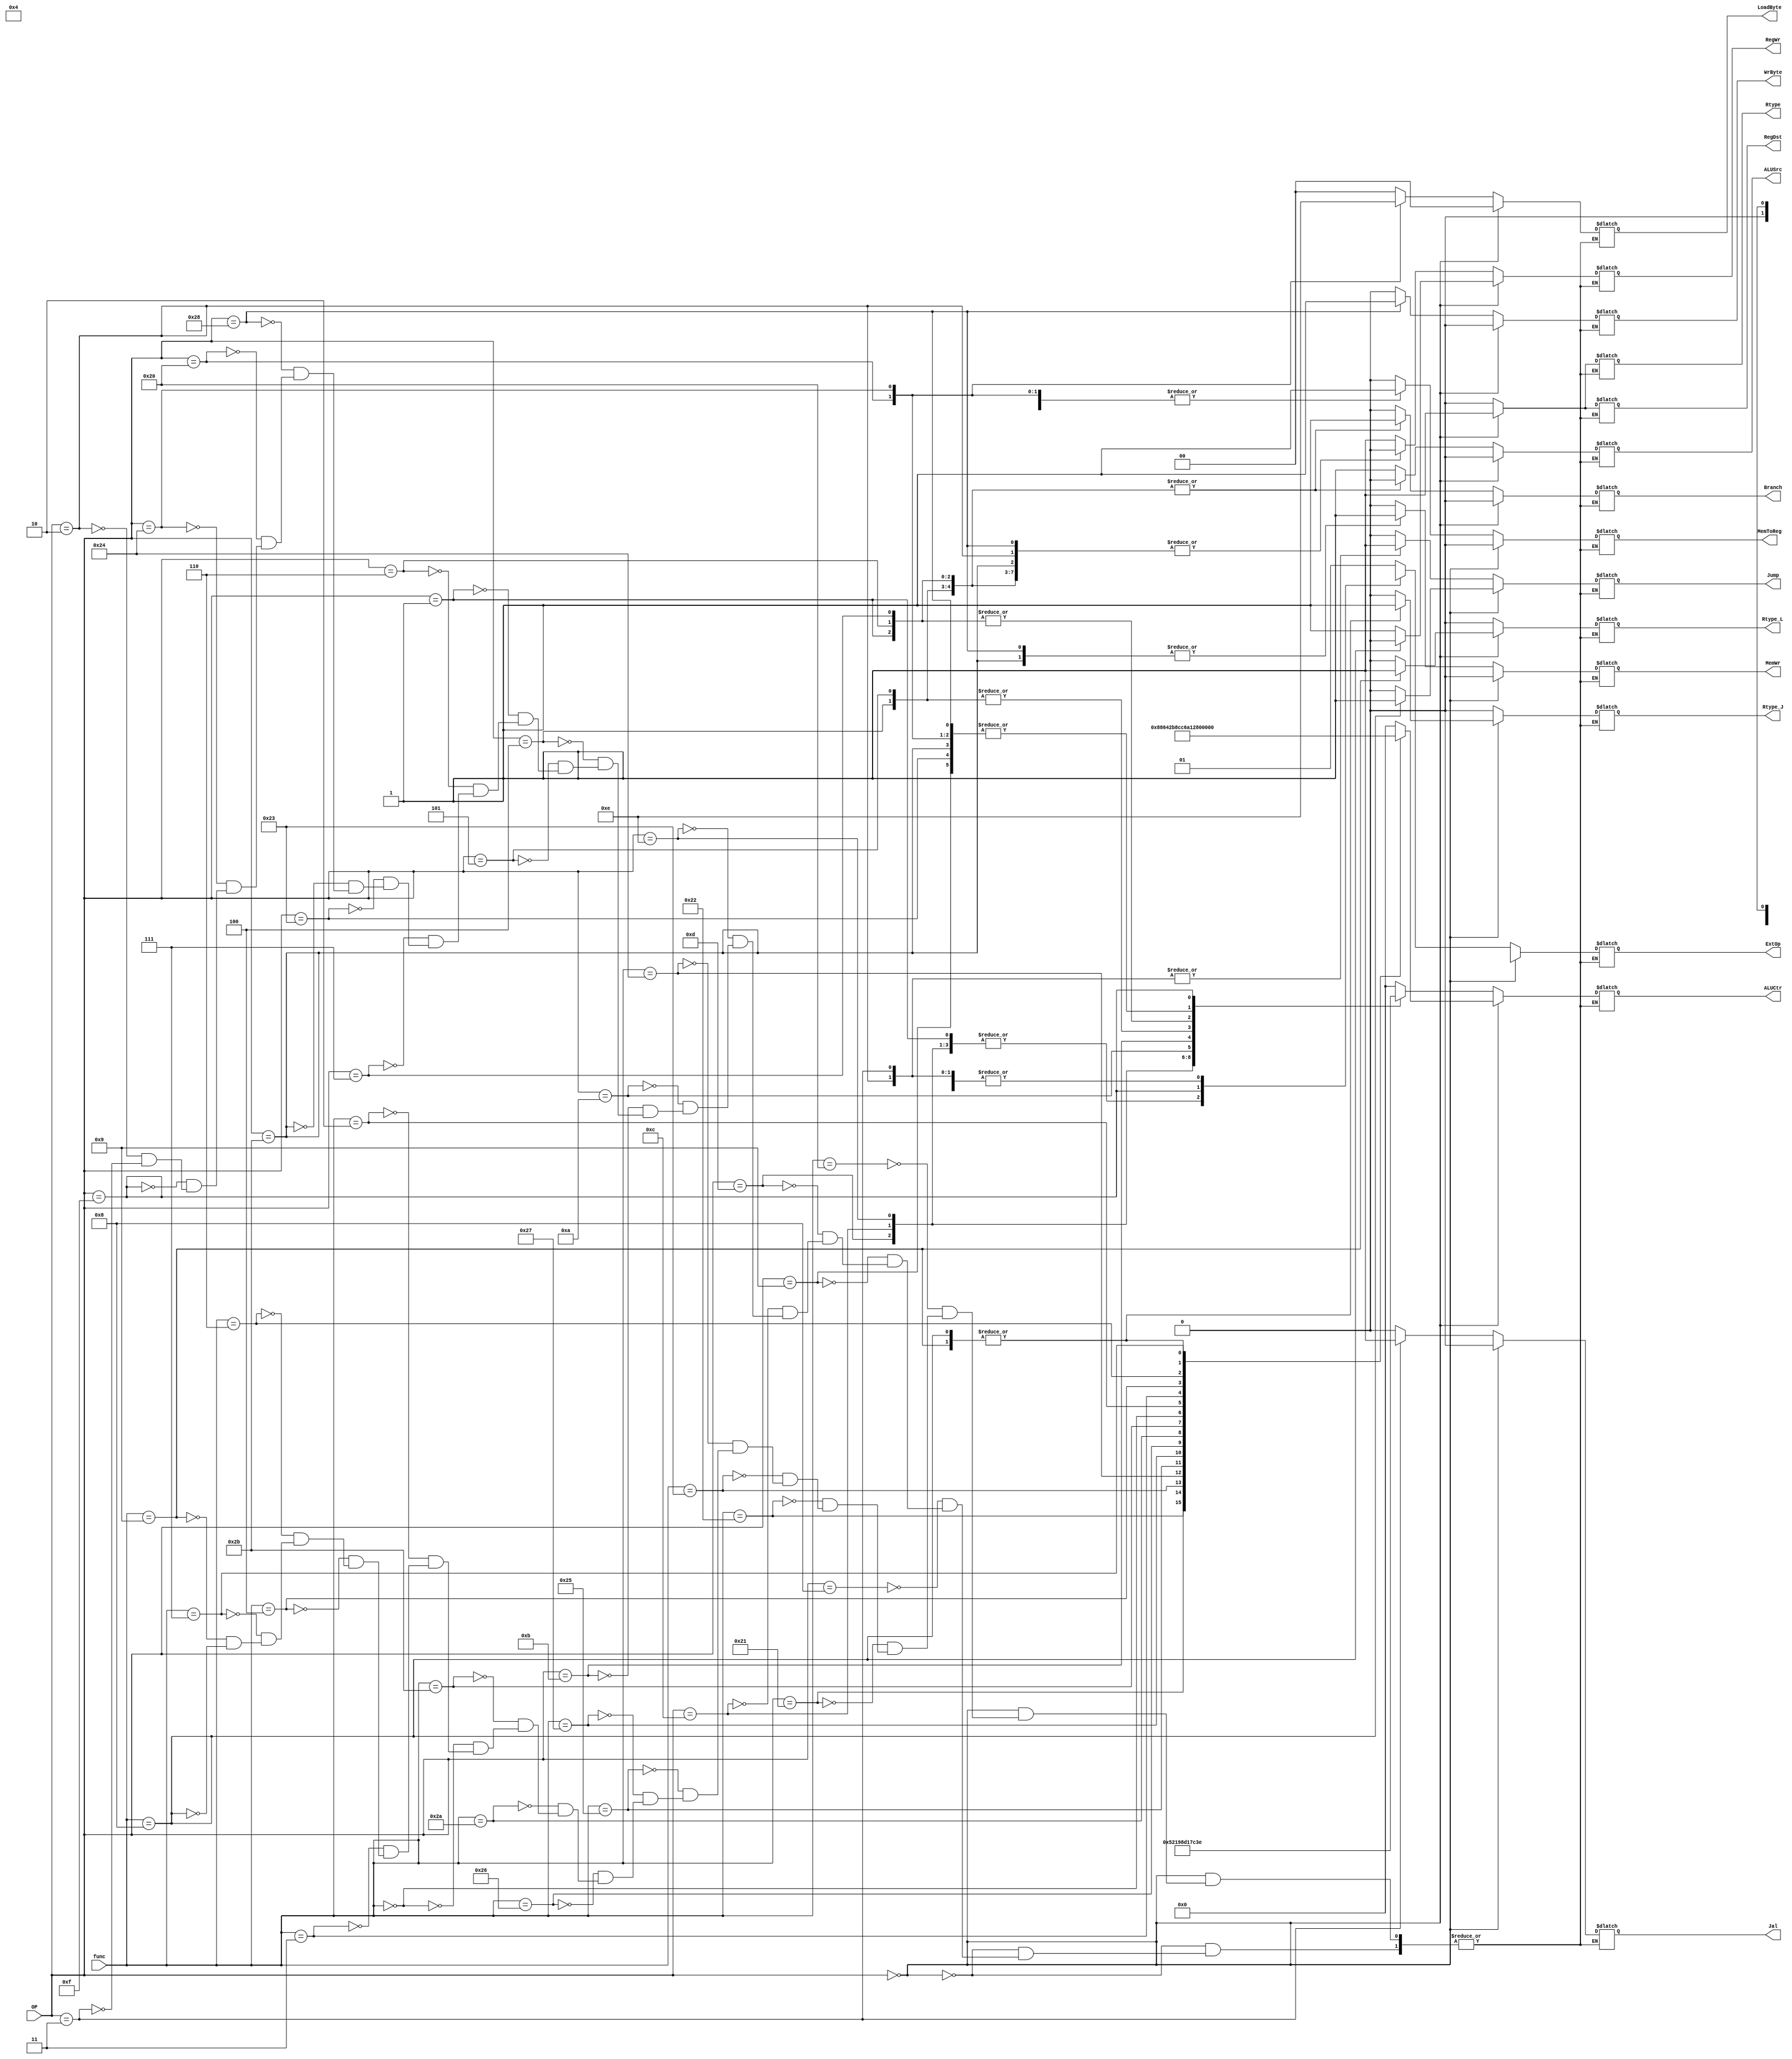
module Control_Unit206(
    input[6-1:0]    OP,
    input[6-1:0]    func,
    output          Branch,
    output          Jump,
    output          RegDst,
    output          ALUSrc,
    output[5-1:0]   ALUCtr,
    output          MemToReg,
    output          RegWr,
    output          MemWr,
    output[2-1:0]   ExtOp,
    output          Rtype,
    output          Jal,
    output          Rtype_J,
    output          Rtype_L,
    output          WrByte,
    output[2-1:0]   LoadByte
    );

    //控制信号
    reg Branch;
    reg Jump;
    reg RegDst;
    reg ALUSrc;
    reg[5-1:0] ALUCtr;
    reg MemToReg;
    reg RegWr;
    reg MemWr;
    reg ExtOp;
    reg Rtype;
    reg Jal;
    reg Rtype_J;
    reg Rtype_L;
    reg WrByte;
    reg[2-1:0] LoadByte;

    always @(*) begin
//  R型指令
        if (OP == 6'b000000) begin 
            case (func)
                6'b100000://add
                begin
                    Branch   = 0;
                    Jump     = 0;
                    RegDst   = 1;
                    ALUSrc   = 0;
                    ALUCtr   = 5'b00000;
                    MemToReg = 0;
                    RegWr    = 1;
                    MemWr    = 0;
                    ExtOp    = 1'bX;
                    Rtype    = 1;
                    Jal      = 0;
                    Rtype_J  = 0;
                    Rtype_L  = 0;
                    WrByte   = 0;
                    LoadByte = 2'b00;

                end
                6'b100001://addu
                begin
                    Branch   = 0;
                    Jump     = 0;
                    RegDst   = 1;
                    ALUSrc   = 0;
                    ALUCtr   = 5'b00001;
                    MemToReg = 0;
                    RegWr    = 1;
                    MemWr    = 0;
                    ExtOp    = 1'bX;
                    Rtype    = 1;
                    Jal      = 0;
                    Rtype_J  = 0;
                    Rtype_L  = 0;         
                    WrByte   = 0;
                    LoadByte = 2'b00;                              
                end
                6'b100010://sub
                begin
                    Branch   = 0;
                    Jump     = 0;
                    RegDst   = 1;
                    ALUSrc   = 0;
                    ALUCtr   = 5'b00010;
                    MemToReg = 0;
                    RegWr    = 1;
                    MemWr    = 0;
                    ExtOp    = 1'bX;
                    Rtype    = 1;
                    Jal      = 0;
                    Rtype_J  = 0;
                    Rtype_L  = 0;
                    WrByte   = 0;
                    LoadByte = 2'b00;                    
                end
                6'b100011://subu
                begin
                    Branch   = 0;
                    Jump     = 0;
                    RegDst   = 1;
                    ALUSrc   = 0;
                    ALUCtr   = 5'b00011;
                    MemToReg = 0;
                    RegWr    = 1;
                    MemWr    = 0;
                    ExtOp    = 1'bX;
                    Rtype    = 1; 
                    Jal      = 0;
                    Rtype_J  = 0;
                    Rtype_L  = 0;    
                    WrByte   = 0;
                    LoadByte = 2'b00;            
                end
                6'b100100://and
                begin
                    Branch   = 0;
                    Jump     = 0;
                    RegDst   = 1;
                    ALUSrc   = 0;
                    ALUCtr   = 5'b00100;
                    MemToReg = 0;
                    RegWr    = 1;
                    MemWr    = 0;
                    ExtOp    = 1'bX;
                    Rtype    = 1; 
                    Jal      = 0;
                    Rtype_J  = 0;
                    Rtype_L  = 0;
                    WrByte   = 0;
                    LoadByte = 2'b00; 
                end
                6'b100101://or
                begin
                    Branch   = 0;
                    Jump     = 0;
                    RegDst   = 1;
                    ALUSrc   = 0;
                    ALUCtr   = 5'b00101;
                    MemToReg = 0;
                    RegWr    = 1;
                    MemWr    = 0;
                    ExtOp    = 1'bX;
                    Rtype    = 1; 
                    Jal      = 0;
                    Rtype_J  = 0;
                    Rtype_L  = 0;      
                    WrByte   = 0;
                    LoadByte = 2'b00;              
                end
                6'b100111://nor
                begin
                    Branch   = 0;
                    Jump     = 0;
                    RegDst   = 1;
                    ALUSrc   = 0;
                    ALUCtr   = 5'b01110;
                    MemToReg = 0;
                    RegWr    = 1;
                    MemWr    = 0;
                    ExtOp    = 1'bX;
                    Rtype    = 1; 
                    Jal      = 0;
                    Rtype_J  = 0;
                    Rtype_L  = 0;         
                    WrByte   = 0;
                    LoadByte = 2'b00;                 
                end
                6'b100110://xor
                begin
                    Branch   = 0;
                    Jump     = 0;
                    RegDst   = 1;
                    ALUSrc   = 0;
                    ALUCtr   = 5'b00110;
                    MemToReg = 0;
                    RegWr    = 1;
                    MemWr    = 0;
                    ExtOp    = 1'bX;
                    Rtype    = 1; 
                    Jal      = 0;
                    Rtype_J  = 0;
                    Rtype_L  = 0;
                    WrByte   = 0;
                    LoadByte = 2'b00;
                end
                6'b101010://slt
                begin
                    Branch   = 0;
                    Jump     = 0;
                    RegDst   = 1;
                    ALUSrc   = 0;
                    ALUCtr   = 5'b01100;
                    MemToReg = 0;
                    RegWr    = 1;
                    MemWr    = 0;
                    ExtOp    = 1'bX;
                    Rtype    = 1; 
                    Jal      = 0;
                    Rtype_J  = 0;
                    Rtype_L  = 0;
                    WrByte   = 0;
                    LoadByte = 2'b00;
                end
                6'b101011://sltu
                begin
                    Branch   = 0;
                    Jump     = 0;
                    RegDst   = 1;
                    ALUSrc   = 0;
                    ALUCtr   = 5'b01101;
                    MemToReg = 0;
                    RegWr    = 1;
                    MemWr    = 0;
                    ExtOp    = 1'bX;
                    Rtype    = 1; 
                    Jal      = 0;
                    Rtype_J  = 0;
                    Rtype_L  = 0;    
                    WrByte   = 0;
                    LoadByte = 2'b00;            
                end
                6'b000000://sll
                begin
                    Branch   = 0;
                    Jump     = 0;
                    RegDst   = 1;
                    ALUSrc   = 0;
                    ALUCtr   = 5'b01000;
                    MemToReg = 0;
                    RegWr    = 1;
                    MemWr    = 0;
                    ExtOp    = 1'bX;
                    Rtype    = 1; 
                    Jal      = 0;
                    Rtype_J  = 0;
                    Rtype_L  = 0;    
                    WrByte   = 0;
                    LoadByte = 2'b00;               
                end
                6'b000010://srl
                begin
                    Branch   = 0;
                    Jump     = 0;
                    RegDst   = 1;
                    ALUSrc   = 0;
                    ALUCtr   = 5'b01001;
                    MemToReg = 0;
                    RegWr    = 1;
                    MemWr    = 0;
                    ExtOp    = 1'bX;
                    Rtype    = 1; 
                    Jal      = 0;
                    Rtype_J  = 0;
                    Rtype_L  = 0;    
                    WrByte   = 0;
                    LoadByte = 2'b00;               
                end
                6'b000011://sra
                begin
                    Branch   = 0;
                    Jump     = 0;
                    RegDst   = 1;
                    ALUSrc   = 0;
                    ALUCtr   = 5'b01011;
                    MemToReg = 0;
                    RegWr    = 1;
                    MemWr    = 0;
                    ExtOp    = 1'bX;
                    Rtype    = 1; 
                    Jal      = 0;
                    Rtype_J  = 0;
                    Rtype_L  = 0;    
                    WrByte   = 0;
                    LoadByte = 2'b00;               
                end
                6'b000100://sllv
                begin
                    Branch   = 0;
                    Jump     = 0;
                    RegDst   = 1;
                    ALUSrc   = 0;
                    ALUCtr   = 5'b01111;
                    MemToReg = 0;
                    RegWr    = 1;
                    MemWr    = 0;
                    ExtOp    = 1'bX;
                    Rtype    = 1; 
                    Jal      = 0;
                    Rtype_J  = 0;
                    Rtype_L  = 0;    
                    WrByte   = 0;
                    LoadByte = 2'b00;              
                end
                6'b000110://srlv
                begin
                    Branch   = 0;
                    Jump     = 0;
                    RegDst   = 1;
                    ALUSrc   = 0;
                    ALUCtr   = 5'b10000;
                    MemToReg = 0;
                    RegWr    = 1;
                    MemWr    = 0;
                    ExtOp    = 1'bX;
                    Rtype    = 1; 
                    Jal      = 0;
                    Rtype_J  = 0;
                    Rtype_L  = 0;    
                    WrByte   = 0;
                    LoadByte = 2'b00;              
                end
                6'b000111://srav
                begin
                    Branch   = 0;
                    Jump     = 0;
                    RegDst   = 1;
                    ALUSrc   = 0;
                    ALUCtr   = 5'b10010;
                    MemToReg = 0;
                    RegWr    = 1;
                    MemWr    = 0;
                    ExtOp    = 1'bX;
                    Rtype    = 1; 
                    Jal      = 0;
                    Rtype_J  = 0;
                    Rtype_L  = 0;    
                    WrByte   = 0;
                    LoadByte = 2'b00;              
                end
                6'b001001://Jalr
                begin
                    Branch   = 0;
                    Jump     = 0;
                    RegDst   = 1;
                    ALUSrc   = 0;
                    ALUCtr   = 5'b11111;
                    MemToReg = 0;
                    RegWr    = 1;
                    MemWr    = 0;
                    ExtOp    = 1'bX;
                    Rtype    = 1; 
                    Jal      = 0;
                    Rtype_J  = 1;
                    Rtype_L  = 1;    
                    WrByte   = 0;
                    LoadByte = 2'b00;                    
                end
                6'b001000://Jr
                begin
                    Branch   = 0;
                    Jump     = 1;
                    RegDst   = 1;
                    ALUSrc   = 0;
                    ALUCtr   = 5'b11111;
                    MemToReg = 0;
                    RegWr    = 0;
                    MemWr    = 0;
                    ExtOp    = 1'bX;
                    Rtype    = 1; 
                    Jal      = 0;
                    Rtype_J  = 1;
                    Rtype_L  = 0;    
                    WrByte   = 0;
                    LoadByte = 2'b00;                    
                end
            endcase
        end
//  I/J指令：
        else begin // 以下为非R型指令译码
            case (OP)
//      ALU立即数I型指令
                6'b001000://addi
                begin
                    Branch   = 0;
                    Jump     = 0;
                    RegDst   = 0;
                    ALUSrc   = 1;
                    ALUCtr   = 5'b00000;
                    MemToReg = 0;
                    RegWr    = 1;
                    MemWr    = 0;
                    ExtOp    = 1;
                    Rtype    = 0; 
                    Jal      = 0;
                    Rtype_J  = 0;
                    Rtype_L  = 0;    
                    WrByte   = 0;
                    LoadByte = 2'b00;              
                end
                6'b001001://addiu
                begin
                    Branch   = 0;
                    Jump     = 0;
                    RegDst   = 0;
                    ALUSrc   = 1;
                    ALUCtr   = 5'b00001;
                    MemToReg = 0;
                    RegWr    = 1;
                    MemWr    = 0;
                    ExtOp    = 1;
                    Rtype    = 0; 
                    Jal      = 0;
                    Rtype_J  = 0;
                    Rtype_L  = 0;
                    WrByte   = 0;
                    LoadByte = 2'b00;
                end
                6'b001101://Ori
                begin
                    Branch   = 0;
                    Jump     = 0;
                    RegDst   = 0;
                    ALUSrc   = 1;
                    ALUCtr   = 5'b00101;
                    MemToReg = 0;
                    RegWr    = 1;
                    MemWr    = 0;
                    ExtOp    = 0;
                    Rtype    = 0;
                    Jal      = 0;
                    Rtype_J  = 0;
                    Rtype_L  = 0;
                    WrByte   = 0;
                    LoadByte = 2'b00;
                end
                6'b001100://andi
                begin
                    Branch   = 0;
                    Jump     = 0;
                    RegDst   = 0;
                    ALUSrc   = 1;
                    ALUCtr   = 5'b00100;
                    MemToReg = 0;
                    RegWr    = 1;
                    MemWr    = 0;
                    ExtOp    = 0;
                    Rtype    = 0; 
                    Jal      = 0;
                    Rtype_J  = 0;
                    Rtype_L  = 0;
                    WrByte   = 0;
                    LoadByte = 2'b00;
                end
                6'b001110://xori
                begin
                    Branch   = 0;
                    Jump     = 0;
                    RegDst   = 0;
                    ALUSrc   = 1;
                    ALUCtr   = 5'b00110;
                    MemToReg = 0;
                    RegWr    = 1;
                    MemWr    = 0;
                    ExtOp    = 0;
                    Rtype    = 0; 
                    Jal      = 0;
                    Rtype_J  = 0;
                    Rtype_L  = 0;
                    WrByte   = 0;
                    LoadByte = 2'b00;
                end
                6'b001010://slti
                begin
                    Branch   = 0;
                    Jump     = 0;
                    RegDst   = 0;
                    ALUSrc   = 1;
                    ALUCtr   = 5'b01100;
                    MemToReg = 0;
                    RegWr    = 1;
                    MemWr    = 0;
                    ExtOp    = 1;
                    Rtype    = 0;
                    Jal      = 0;
                    Rtype_J  = 0;
                    Rtype_L  = 0;
                    WrByte   = 0;
                    LoadByte = 2'b00;
                end
                6'b001011://sltiu
                begin
                    Branch   = 0;
                    Jump     = 0;
                    RegDst   = 0;
                    ALUSrc   = 1;
                    ALUCtr   = 5'b01101;
                    MemToReg = 0;
                    RegWr    = 1;
                    MemWr    = 0;
                    ExtOp    = 1;
                    Rtype    = 0;
                    Jal      = 0;
                    Rtype_J  = 0;
                    Rtype_L  = 0;
                    WrByte   = 0;
                    LoadByte = 2'b00;
                end                                
//      Branch-I型指令
                6'b000100://beq
                begin
                    Branch   = 1;
                    Jump     = 0;
                    RegDst   = 1'bX;
                    ALUSrc   = 0;
                    ALUCtr   = 5'b00010;
                    MemToReg = 1'bX;
                    RegWr    = 0;
                    MemWr    = 0;
                    ExtOp    = 1'bX;
                    Rtype    = 0;
                    Jal      = 0;
                    Rtype_J  = 0;
                    Rtype_L  = 0;
                    WrByte   = 0;
                    LoadByte = 2'b00;
                end
                6'b000101://bne
                begin
                    Branch   = 1;
                    Jump     = 0;
                    RegDst   = 1'bX;
                    ALUSrc   = 0;
                    ALUCtr   = 5'b00010;
                    MemToReg = 1'bX;
                    RegWr    = 0;
                    MemWr    = 0;
                    ExtOp    = 1'bX;
                    Rtype    = 0;
                    Jal      = 0;
                    Rtype_J  = 0;
                    Rtype_L  = 0;
                    WrByte   = 0;
                    LoadByte = 2'b00;                    
                end
                6'b000001://bgez or bltz
                begin
                    Branch   = 1;
                    Jump     = 0;
                    RegDst   = 1'bX;
                    ALUSrc   = 0;
                    ALUCtr   = 5'b11111;
                    MemToReg = 1'bX;
                    RegWr    = 0;
                    MemWr    = 0;
                    ExtOp    = 0;
                    Rtype    = 0;
                    Jal      = 0;
                    Rtype_J  = 0;
                    Rtype_L  = 0;
                    WrByte   = 0;
                    LoadByte = 2'b00;
                end 
                6'b000110://blez
                begin
                    Branch   = 1;
                    Jump     = 0;
                    RegDst   = 1'bX;
                    ALUSrc   = 0;
                    ALUCtr   = 5'b11111;
                    MemToReg = 1'bX;
                    RegWr    = 0;
                    MemWr    = 0;
                    ExtOp    = 1'bX;
                    Rtype    = 0;
                    Jal      = 0;
                    Rtype_J  = 0;
                    Rtype_L  = 0;
                    WrByte   = 0;
                    LoadByte = 2'b00;
                end 
                6'b000111://bgtz
                begin
                    Branch   = 1;
                    Jump     = 0;
                    RegDst   = 1'bX;
                    ALUSrc   = 0;
                    ALUCtr   = 5'b11111;
                    MemToReg = 1'bX;
                    RegWr    = 0;
                    MemWr    = 0;
                    ExtOp    = 1'bX;
                    Rtype    = 0;
                    Jal      = 0;
                    Rtype_J  = 0;
                    Rtype_L  = 0;
                    WrByte   = 0;
                    LoadByte = 2'b00;
                end  
//      Save/Load-I型指令
                6'b100011://lw
                begin
                    Branch   = 0;
                    Jump     = 0;
                    RegDst   = 0;
                    ALUSrc   = 1;
                    ALUCtr   = 5'b00001;
                    MemToReg = 1;
                    RegWr    = 1;
                    MemWr    = 0;
                    ExtOp    = 1;
                    Rtype    = 0;
                    Jal      = 0;
                    Rtype_J  = 0;
                    Rtype_L  = 0;
                    WrByte   = 0;
                    LoadByte = 2'b00;
                end
                6'b101011://sw
                begin
                    Branch   = 0;
                    Jump     = 0;
                    RegDst   = 1'bX;
                    ALUSrc   = 1;
                    ALUCtr   = 5'b00001;
                    MemToReg = 0;
                    RegWr    = 0;
                    MemWr    = 1;
                    ExtOp    = 1;
                    Rtype    = 0;
                    Jal      = 0;
                    Rtype_J  = 0;
                    Rtype_L  = 0;
                    WrByte   = 0;
                    LoadByte = 2'b00;
                end
                6'b101000://sb
                begin
                    Branch   = 0;
                    Jump     = 0;
                    RegDst   = 0;
                    ALUSrc   = 1;
                    ALUCtr   = 5'b00001;
                    MemToReg = 1'bX;
                    RegWr    = 0;
                    MemWr    = 1;
                    ExtOp    = 1;
                    Rtype    = 0;
                    Jal      = 0;
                    Rtype_J  = 0;
                    Rtype_L  = 0;
                    WrByte   = 1;
                    LoadByte = 2'b00;
                end     
                6'b100000://lb
                begin
                    Branch   = 0;
                    Jump     = 0;
                    RegDst   = 0;
                    ALUSrc   = 1;
                    ALUCtr   = 5'b00001;
                    MemToReg = 1;
                    RegWr    = 1;
                    MemWr    = 0;
                    ExtOp    = 1;
                    Rtype    = 0;
                    Jal      = 0;
                    Rtype_J  = 0;
                    Rtype_L  = 0;
                    WrByte   = 0;
                    LoadByte = 2'b11;
                end   
                6'b100100://lbu
                begin
                    Branch   = 0;
                    Jump     = 0;
                    RegDst   = 0;
                    ALUSrc   = 1;
                    ALUCtr   = 5'b00001;
                    MemToReg = 1;
                    RegWr    = 1;
                    MemWr    = 0;
                    ExtOp    = 1;
                    Rtype    = 0;
                    Jal      = 0;
                    Rtype_J  = 0;
                    Rtype_L  = 0;
                    WrByte   = 0;
                    LoadByte = 2'b10;
                end     
//      其他
                6'b001111://lui
                begin
                    Branch   = 0;
                    Jump     = 0;
                    RegDst   = 0;
                    ALUSrc   = 1;
                    ALUCtr   = 5'b11110;
                    MemToReg = 0;
                    RegWr    = 1;
                    MemWr    = 0;
                    ExtOp    = 2'b10;
                    Rtype    = 0;
                    Jal      = 0;
                    Rtype_J  = 0;
                    Rtype_L  = 0;
                    WrByte   = 0;
                    LoadByte = 2'b00;
                end                     
//      JUMP-J型指令
                6'b000010://J
                begin
                    Branch   = 0;
                    Jump     = 1;
                    RegDst   = 1'bX;
                    ALUSrc   = 1'bX;
                    ALUCtr   = 5'bXXXXX;
                    MemToReg = 1'bX;
                    RegWr    = 0;
                    MemWr    = 0;
                    ExtOp    = 1'bX;
                    Rtype    = 0; 
                    Jal      = 0;
                    Rtype_J  = 0;
                    Rtype_L  = 0;    
                    WrByte   = 0;
                    LoadByte = 2'b00;            
                end          
                6'b000011://Jal
                begin
                    Branch   = 0;
                    Jump     = 1;
                    RegDst   = 1'bX;
                    ALUSrc   = 1'bX;
                    ALUCtr   = 5'bXXXXX;
                    MemToReg = 1'bX;
                    RegWr    = 1;
                    MemWr    = 0;
                    ExtOp    = 1'bX;
                    Rtype    = 0; 
                    Jal      = 1;
                    Rtype_J  = 0;
                    Rtype_L  = 0;    
                    WrByte   = 0;
                    LoadByte = 2'b00;            
                end          
            endcase
        end
    end  
//  end always
endmodule